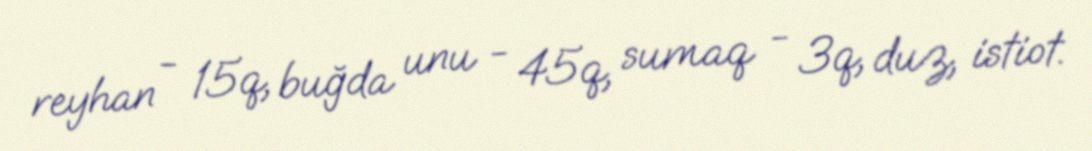
reyhan - 15q, buğda unu - 45q, sumaq - 3q, duz, istiot.